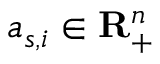
a _ { s , i } \in \mathbf { R } _ { + } ^ { n }